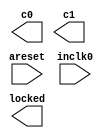
module sys_pll_rb (
	areset,
	inclk0,
	c0,
	c1,
	locked);
	input	  areset;
	input	  inclk0;
	output	  c0;
	output	  c1;
	output	  locked;
`ifndef ALTERA_RESERVED_QIS
// synopsys translate_off
`endif
	tri0	  areset;
`ifndef ALTERA_RESERVED_QIS
// synopsys translate_on
`endif
endmodule